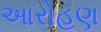
આરોહણ